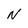
Character: N